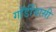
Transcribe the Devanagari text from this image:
गॉर्डीयासी